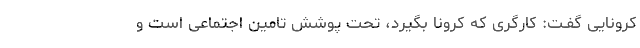
کرونایی گفـت: کارگری که کرونا بگیرد، تحت پوشش تامین اجتماعی است و